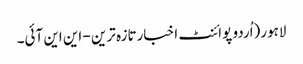
لاہور(اُردو پوائنٹ اخبارتازہ ترین - این این آئی۔